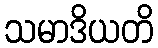
သမာဒိယတိ